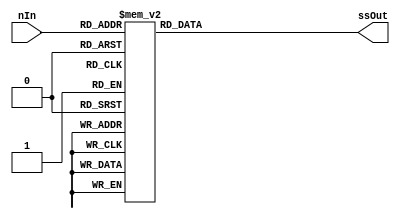
module SevenSegmentDisplayDecoder(ssOut, nIn);
  output reg [6:0] ssOut;
  input [3:0] nIn;
 
  // ssOut format {g, f, e, d, c, b, a}
 
  always @(nIn)
    case (nIn)
      4'h0: ssOut = 7'b1000000;
      4'h1: ssOut = 7'b1111001;
      4'h2: ssOut = 7'b0100100;
      4'h3: ssOut = 7'b0110000;
      4'h4: ssOut = 7'b0011001;
      4'h5: ssOut = 7'b0010010;
      4'h6: ssOut = 7'b0000010;
      4'h7: ssOut = 7'b1111000;
      4'h8: ssOut = 7'b0000000;
      4'h9: ssOut = 7'b0011000;
      4'hA: ssOut = 7'b0001000;
      4'hB: ssOut = 7'b0000011;
      4'hC: ssOut = 7'b1000110;
      4'hD: ssOut = 7'b0100001;
      4'hE: ssOut = 7'b0000110;
      4'hF: ssOut = 7'b0001110;
      default: ssOut = 7'b0110110;
    endcase
endmodule